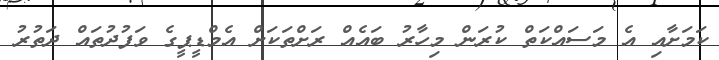
ކަމަށާއި އެ މަސައްކަތް ކުރަން މިހާރު ބައެއް ރަށްތަކަށް އެމްޑީޕީގެ ވަފުދުތައް ދަތުރު